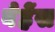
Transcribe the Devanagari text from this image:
बेह्रेंस